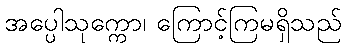
အပ္ပေါသုက္ကော၊ ကြောင့်ကြမရှိသည်